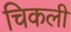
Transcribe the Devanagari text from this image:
चिकली